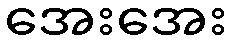
အေးအေး